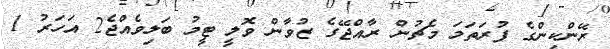
ރޭންކިންގެ ފުރަތަމަ މެޗުން ރާއްޖޭގެ ޒުވާން ވޮލީ ޓީމު ބަލިވެއްޖެ2 އަހަރު 1